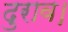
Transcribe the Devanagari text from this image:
दुराव।